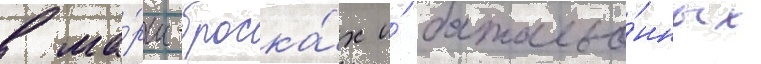
в ма́рш-броска́х и́ батальо́нных